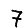
Digit: 7